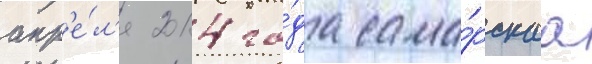
апр'е́л'я 2014 го́да сама́рскаа